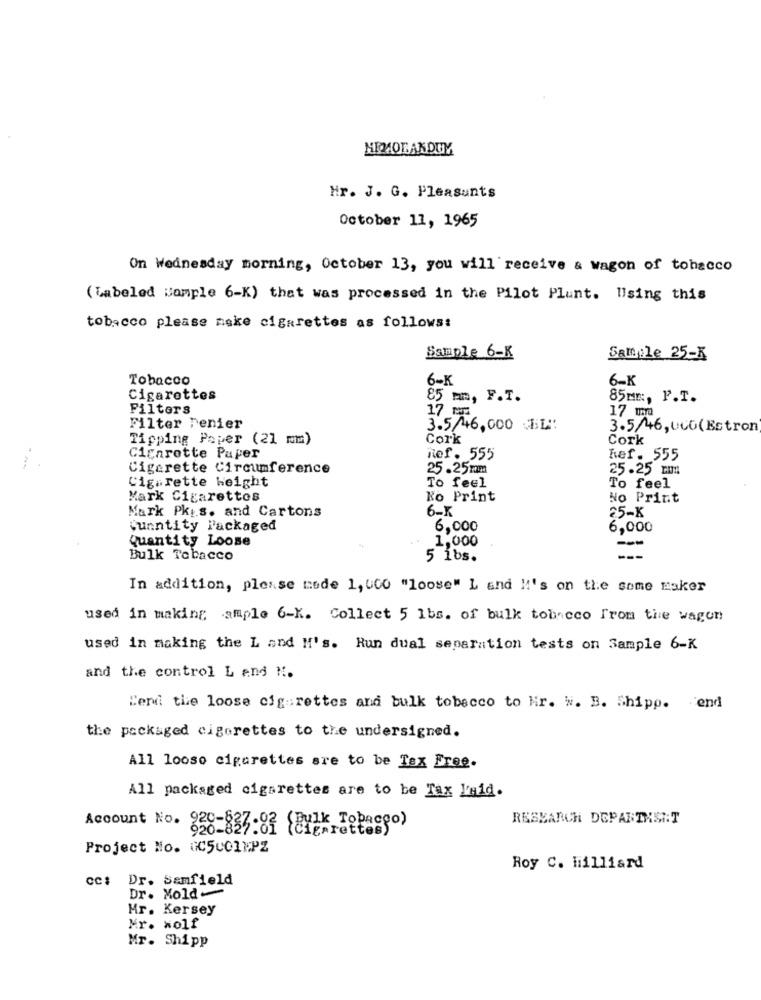
MEMORANDUM
Hr. J. G. Pleasunts
October 11, 1965
On Wednesday morning, October 13, you will receive & wagon of tobacco
( Labeled Komple 6-K) that was processed in the Pilot Plunt. Using this
tobacco please make cigarettes as follows:
Sample 6-K
Sample 25-X
Tobacco
6-K
6-K
Cigarettes
85 mm, F.T.
85mm, P.T.
Filters
17 PM
17 mm
Filter renier
3.5/46,000 BL"
3.5/46,000(Estron
Tipping Paper (21 mm)
Cork
Cork
Cigarette Paper
Ref. 555
hef. 555
--
Cigarette Circumference
25.25mm
25.25 rm
Cigarette height
To feel
To feel
Mark Cigarettes
Ko Print
No Print
Mark Pkis. and Cartons
6-K
25-X
junntity Packaged
6,000
6,000
Quantity Loose
1,000
Bulk Tobacco
5 1bs.
---
In addition, please mode 1, 000 "loose" L and !! 's on the some Esker
used in making ample 6-K. Collect 5 1bs. of bulk tobacco From the wagon
used in making the L and M's. Run dual separation tests on Sample 6-K
and the control L and N.
Send the loose cig rettes and bulk tobacco to Mr. W. B. Shipp. end
the packaged cigarettes to the undersigned.
All loose cigarettes sre to be Tex Free.
All packaged cigarettes are to be Tax Laid.
RESEARCH DEPARTMENT
Account No. 228-837-82 (Bulk Tobacco)
(Cigarettes)
Project No. G5001 PZ
Roy C. Hilliard
cc: Dr. Samfield
Dr. Mold-
Mr. Kersey
Mr. wolf
Mr. Shipp